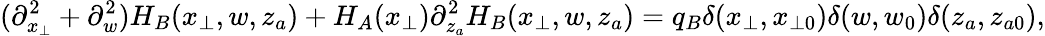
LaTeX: (\partial_{x_{\perp}}^{2}+\partial_{w}^{2})H_{B}(x_{\perp},w,z_{a})+H_{A}(x_{\perp})\partial_{z_{a}}^{2}H_{B}(x_{\perp},w,z_{a})=q_{B}\delta(x_{\perp},x_{\perp 0})\delta(w,w_{0})\delta(z_{a},z_{a0}),